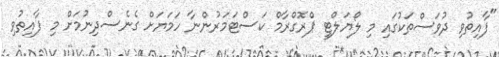
"ފާއިތުވި ދުވަސްތަކުގައި މި ލޯޔަލްޓީ ޕްރޮގްރާމް ކަސްޓަމަރުންނާ ހަމަޔަށް ގެނެސްދިނުމަށް މި ފާއިތުވި